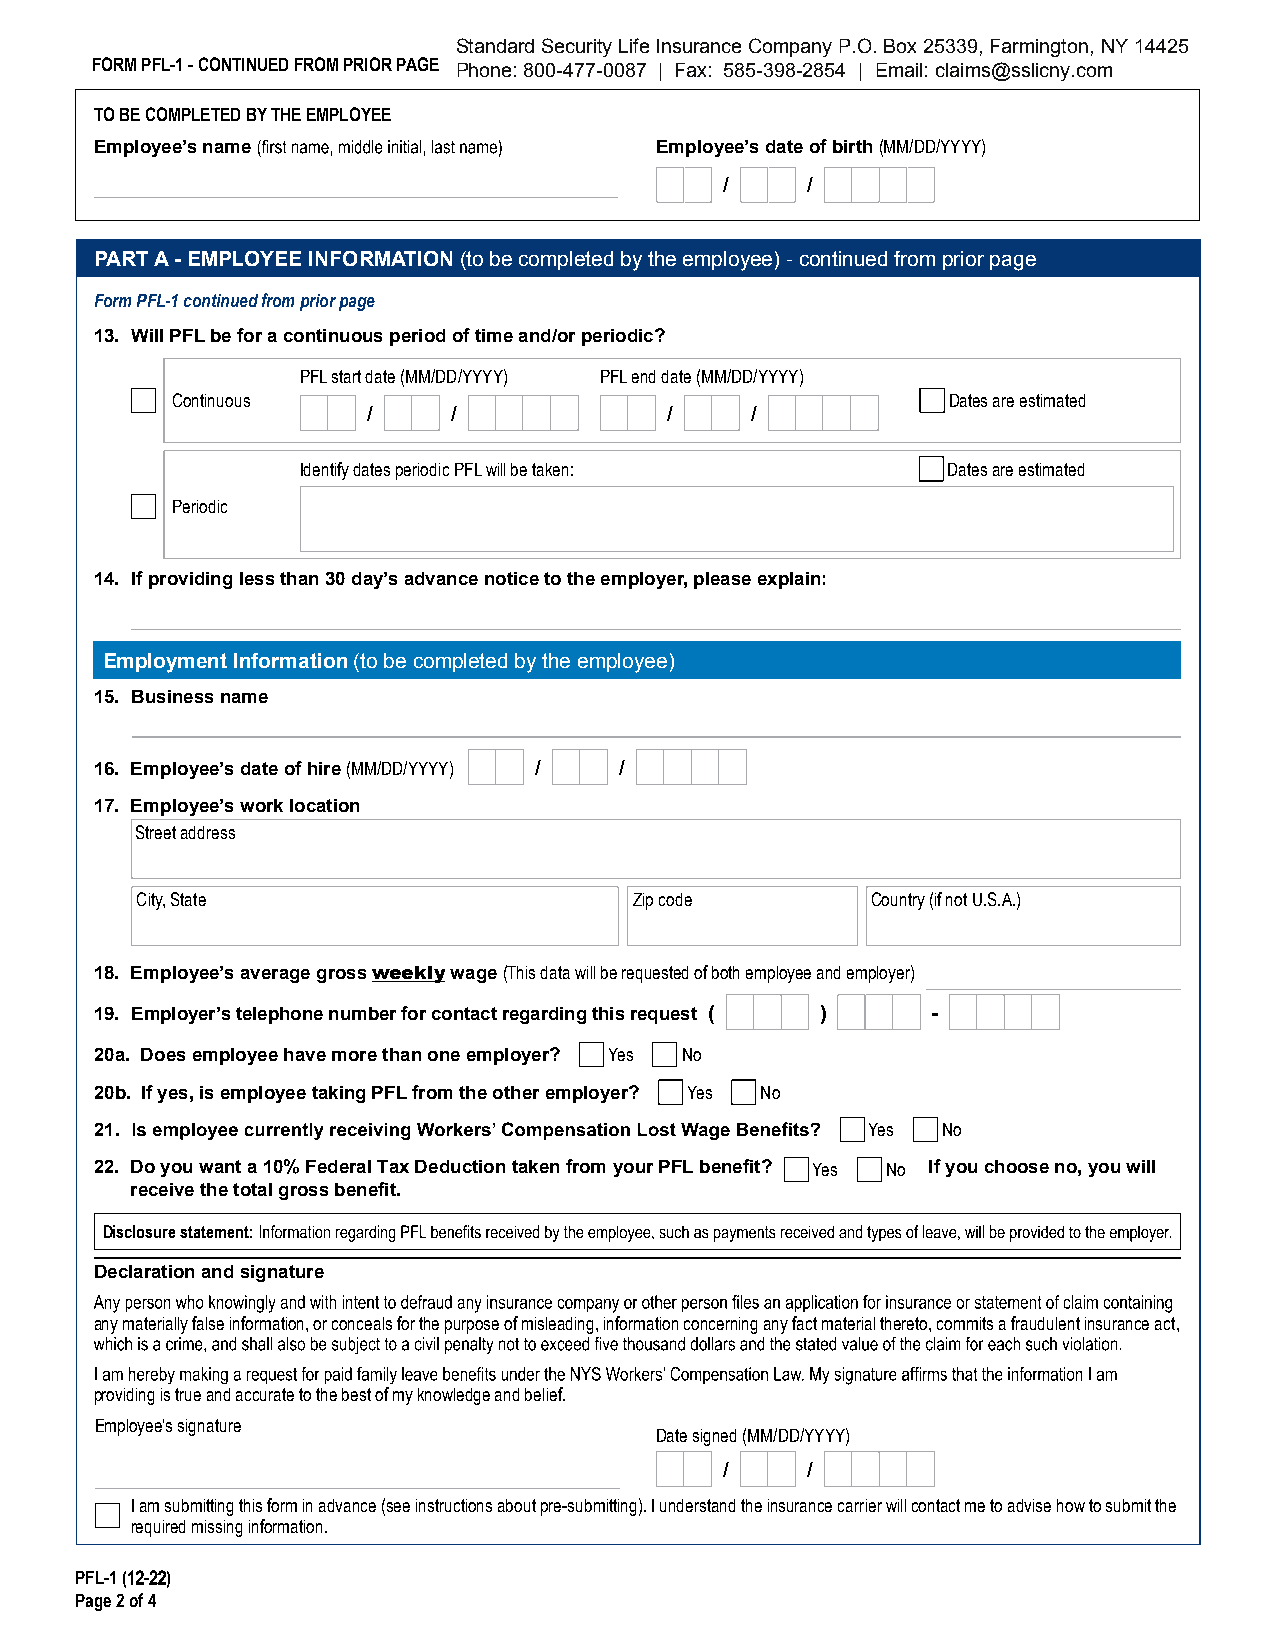
Standard Security Life Insurance Company P.O. Box 25339, Farmington, NY 14425
 FORM PFL-1 - CONTINUED FROM PRIOR PAGE Phone: 800-477-0087 | Fax: 585-398-2854 | Email: claims@sslicny.com
 TO BE COMPLETED BY THE EMPLOYEE
 Employee’s name                      Employee’s date of birth (MM/DD/YYYY)
 /    /
 PART A - EMPLOYEE INFORMATION (to be completed by the employee) - continued from prior page
 Form PFL-1 continued from prior page
 13. Will PFL be for a continuous period of time and/or periodic?
 PFL start date (MM/DD/YYYY) PFL end date (MM/DD/YYYY)
 Continuous                                          Dates are estimated
 /     /             /     /
 Identify dates periodic PFL will be taken: Dates are estimated
 Periodic
 14. If providing less than 30 day’s advance notice to the employer, please explain:
 Employment Information (to be completed by the employee)
 15. Business name
 16. Employee’s date of hire (MM/DD/YYYY) / /
 17. Employee’s work location
 Street address
 City, State                      Zip code        Country (if not U.S.A.)
 18. Employee’s average gross weekly wage (This data will be requested of both employee and employer)
 19. Employer’s telephone number for contact regarding this request ( ) -
 20a. Does employee have more than one employer? Yes No
 20b. If yes, is employee taking PFL from the other employer? Yes No
 21.                                                 Yes No
 22. Do you want a 10% Federal Tax Deduction taken from your PFL benefit? Y e s N o If you choose no, you will
 receive the total gross benefit.
 Disclosure statement:
 Declaration and signature
 any materially false information, or conceals for the purpose of misleading, information concerning any fact material thereto, commits a fraudulent insurance act,
 providing is true and accurate to the best of my knowledge and belief.
 Employee’s signature
 Date signed (MM/DD/YYYY)
 /    /
 I am submitting this form in advance (see instructions about pre-submitting). I understand the insurance carrier will contact me to advise how to submit the
 required missing information.
 PFL-1 (12-22)
 Page 2 of 4